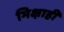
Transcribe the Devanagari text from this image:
भिक्षाही